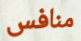
منافس